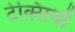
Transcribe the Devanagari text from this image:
टेक्सियों